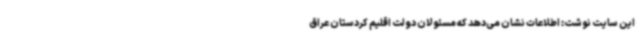
این سایت نوشت: اطلاعات نشان می‌دهد که مسئولان دولت اقلیم کردستان عراق